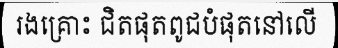
រងគ្រោះ ជិតផុតពូជបំផុតនៅលើ